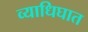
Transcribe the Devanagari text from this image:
व्याधिघात